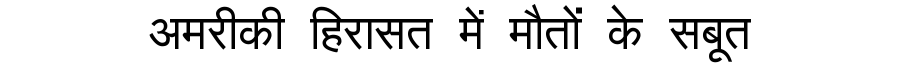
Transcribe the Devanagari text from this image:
अमरीकी हिरासत में मौतों के सबूत